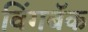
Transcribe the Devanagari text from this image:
विंगबॅक